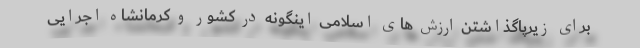
برای زیرپاگذاشتن ارزش های اسلامی اینگونه در کشور و کرمانشاه اجرایی